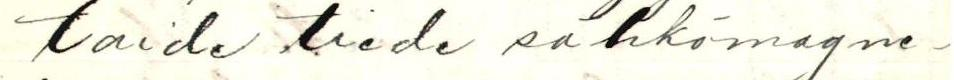
taide tiede sähkömagne-